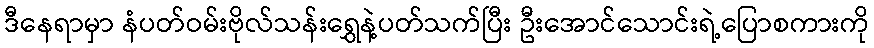
ဒီနေရာမှာ နံပတ်ဝမ်းဗိုလ်သန်းရွှေနဲ့ပတ်သက်ပြီး ဦးအောင်သောင်းရဲ့ပြောစကားကို